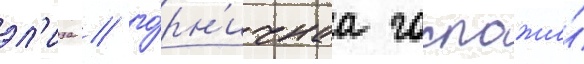
эл'иза / го́рн'ичнаа госпожи́